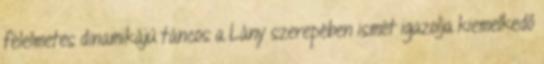
félelmetes dinamikájú táncos a Lány szerepében ismét igazolja kiemelkedő